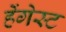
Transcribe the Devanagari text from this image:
हेंगेस्ट